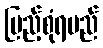
ပြည့်စုံရမည်